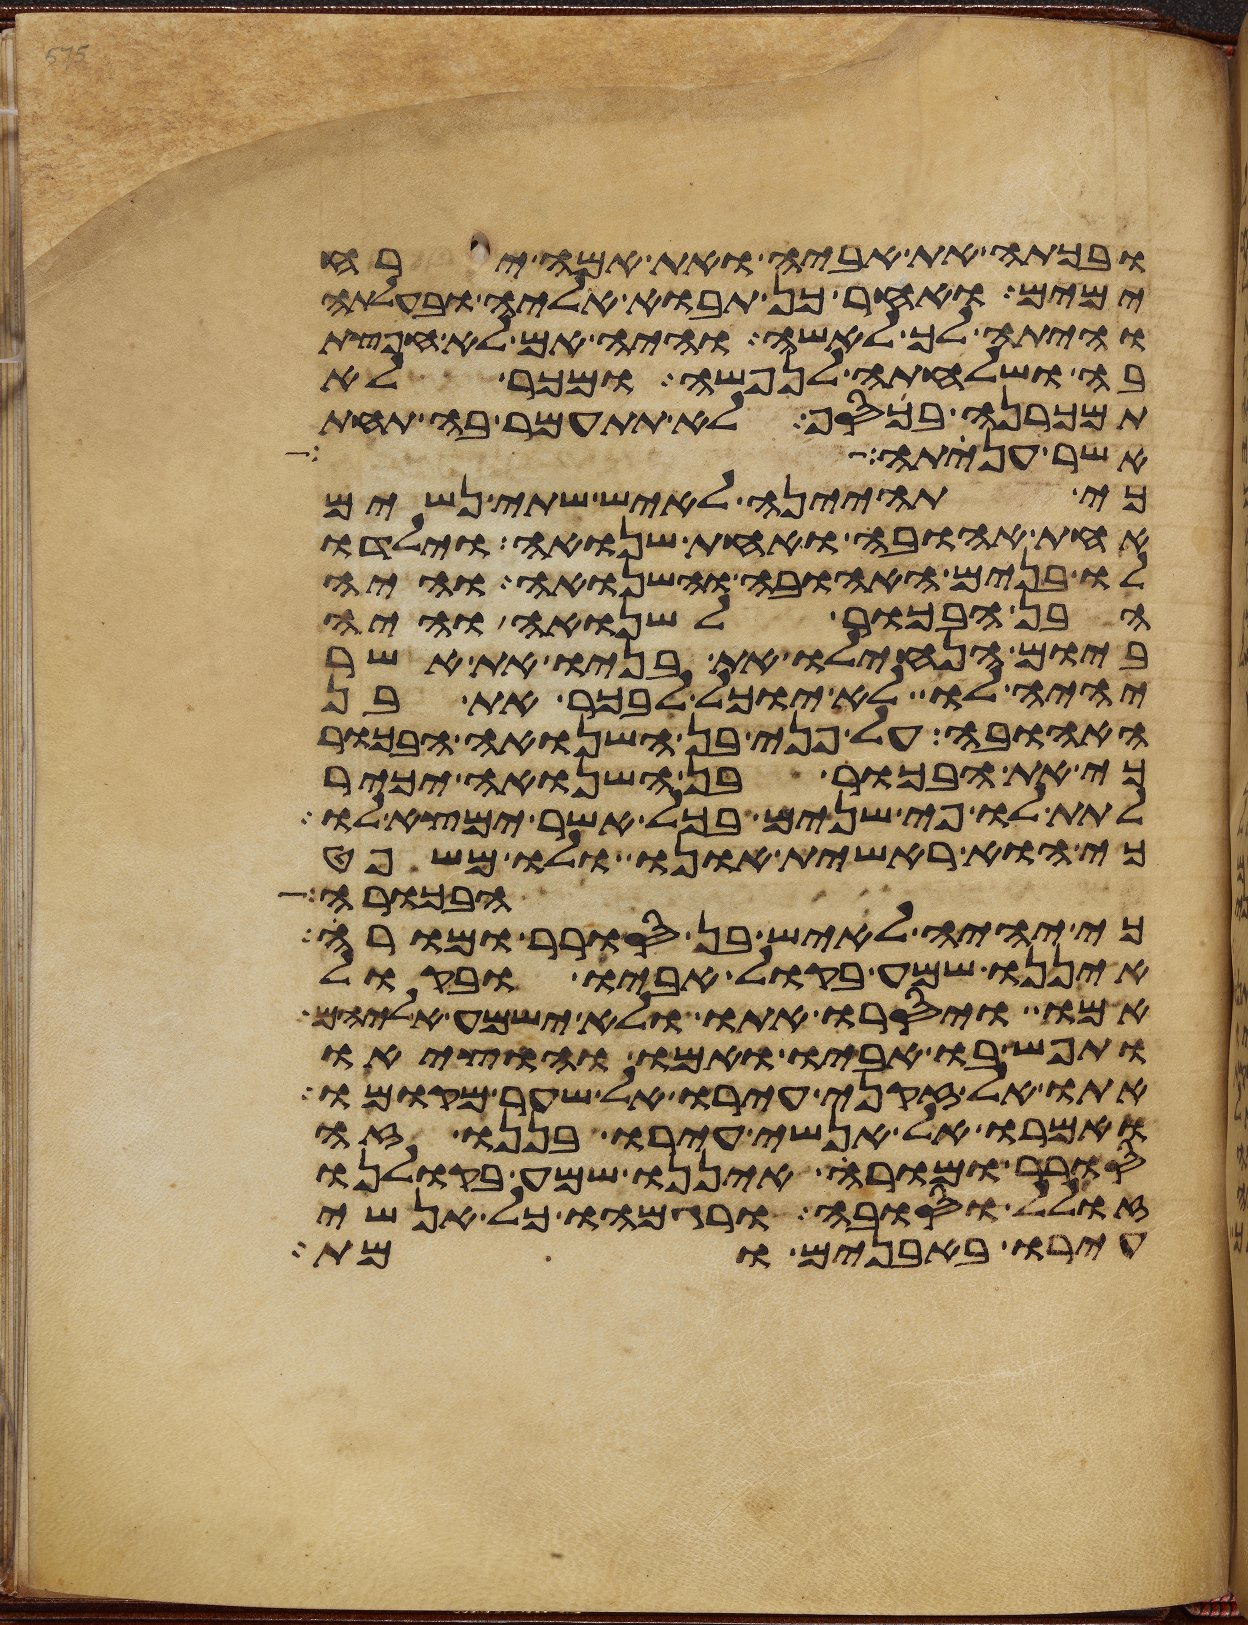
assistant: ובכתה את אביה ואת אמה ירח
ימים ואחר כן תבוא אליה ובעלתה
והיתה לך לאשה והיה אם לא חפצת
בה ושלחתה לנפשה ומכר לא
תמכרנה בכסף לא תתעמר בה תחת
אשר ענתה
כי תהיינה לאיש שתי נשים
אחת אהובה ואחת שנואה וילדו
לו בנים האהובה והשנואה והיה
הבן הבכור לשנואה והיה
ביום הנחילו את בניו את אשר
יהיה לו לא יוכל לבכר את בן
האהובה על פני בן השנואה הבכור
כי את הבכור בן השנואה יכיר
לתת לו פי שנים בכל אשר ימצא לו
כי הוא ראשית אונו ולו משפט
הבכורה
כי יהיה לאיש בן סורר ומורה
איננו שמע בקול אביו ובקול
אמו ויסרו אתו ולא ישמע אליהם
ותפש בו אביו ואמו והוציאו
אתו אל זקני עירו אל שער מקומו
ואמרו אל אנשי עירו בננו זה
סורר ומורה איננו שמע בקולנו
זולל וסובה ורגמהו כל אנשי
עירו באבנים ומת